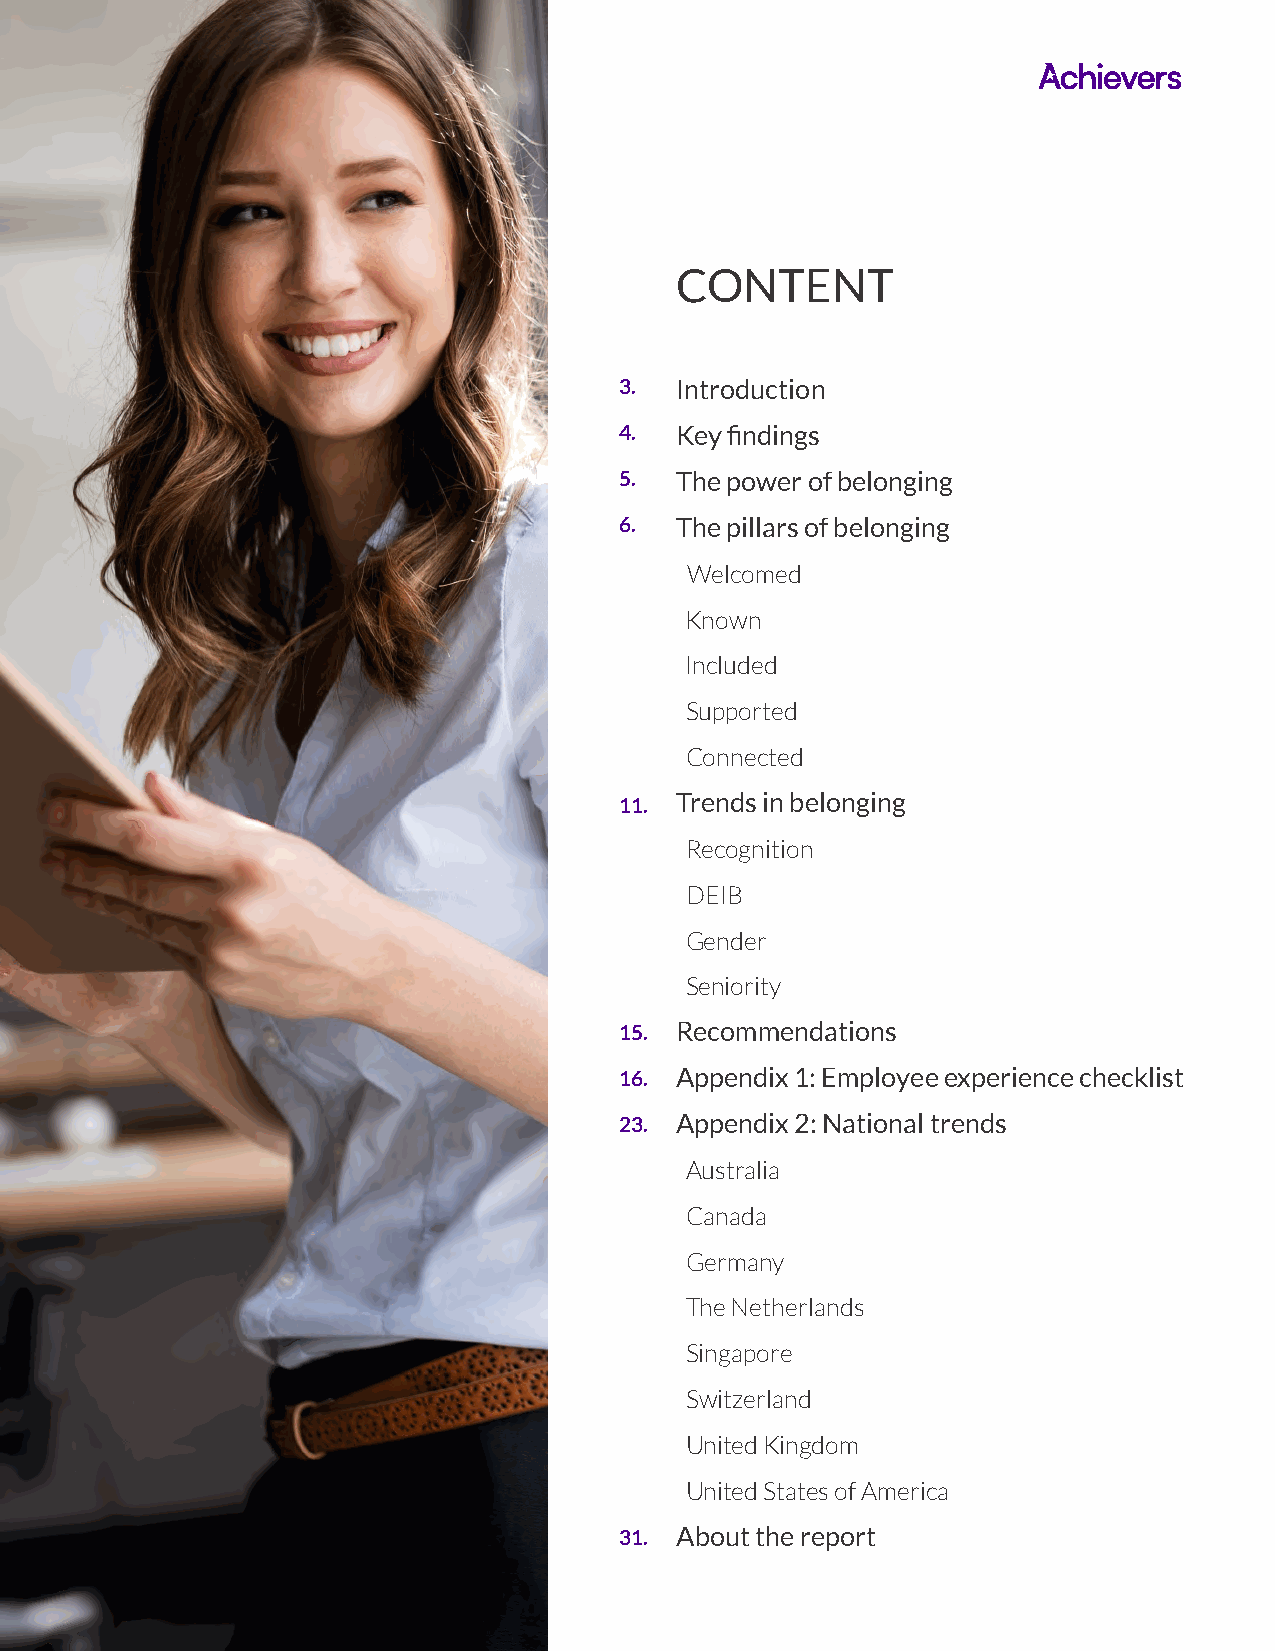
CONTENT
 3.  Introduction
 4.  Key findings
 5.  The power of belonging
 6.  The pillars of belonging
 Welcomed
 Known
 Included
 Supported
 Connected
 Trends in belonging
 11.
 Recognition
 DEIB
 Gender
 Seniority
 15. Recommendations
 16. Appendix 1: Employee experience checklist
 23. Appendix 2: National trends
 Australia
 Canada
 Germany
 The Netherlands
 Singapore
 Switzerland
 United Kingdom
 United States of America
 31. About the report